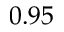
0 . 9 5